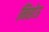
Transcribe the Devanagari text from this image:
निसोऊ